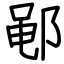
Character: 𫑡